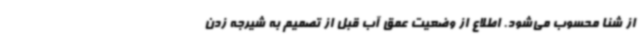
از شنا محسوب می‌شود. اطلاع از وضعیت عمق آب قبل از تصمیم به شیرجه زدن